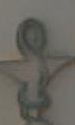
-